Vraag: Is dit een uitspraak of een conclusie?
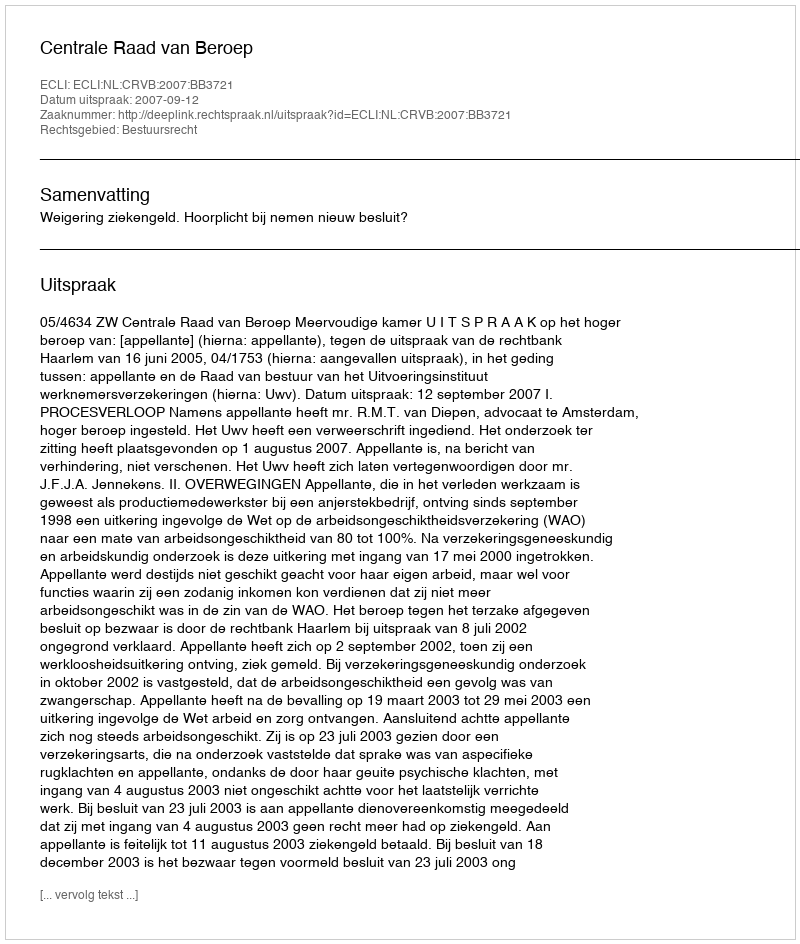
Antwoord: Uitspraak